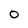
Character: 0